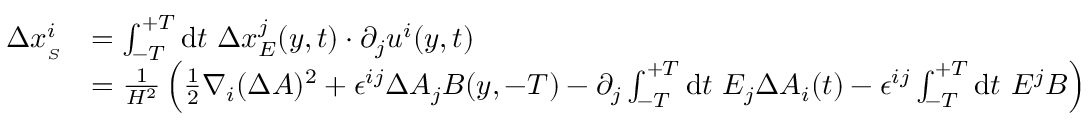
\begin{array} { r l } { \Delta x _ { _ { S } } ^ { i } } & { = \int _ { - T } ^ { + T } \ensuremath { \operatorname { d } \! t \ \Delta x ^ { j } } _ { { E } } ( y , t ) \cdot \partial _ { j } u ^ { i } ( y , t ) } \\ & { = \frac { 1 } { H ^ { 2 } } \left( \frac { 1 } { 2 } \nabla _ { i } ( \Delta A ) ^ { 2 } + \epsilon ^ { i j } \Delta A _ { j } B ( y , - T ) - \partial _ { j } \int _ { - T } ^ { + T } \ensuremath { \operatorname { d } \! t \ E _ { j } \Delta A _ { i } } ( t ) - { \epsilon ^ { i j } } \int _ { - T } ^ { + T } \ensuremath { \operatorname { d } \! t \ E ^ { j } } B \right) } \end{array}